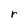
Character: r